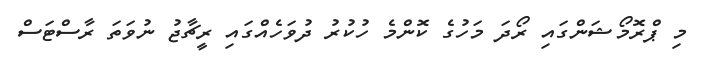
މި ޕްރޮމޯޝަންގައި ރޯދަ މަހުގެ ކޮންމެ ހުކުރު ދުވަހެއްގައި ރީޗާޖު ނުވަތަ ރާސްޓަސް